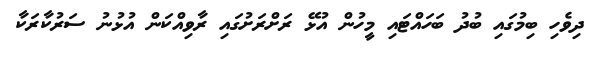
ދިވެހި ބިމުގައި ބުދު ބަހައްޓައި މީހުން އުޅޭ ރަށްރަށުގައި ރާވިއްކަން އުޅުނު ސަރުކާރަކާ